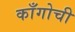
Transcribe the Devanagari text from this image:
काँगोची